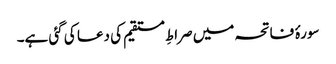
سورۂ فاتحہ میں صراطِ مستقیم کی دعا کی گئی ہے۔